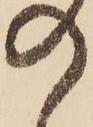
の